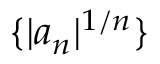
\{ | a _ { n } | ^ { 1 / n } \}